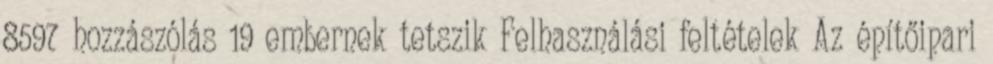
8597 hozzászólás 19 embernek tetszik Felhasználási feltételek Az építőipari